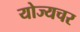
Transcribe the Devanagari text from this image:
योज्यचर